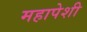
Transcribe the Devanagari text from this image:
महापेशी